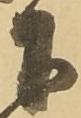
下